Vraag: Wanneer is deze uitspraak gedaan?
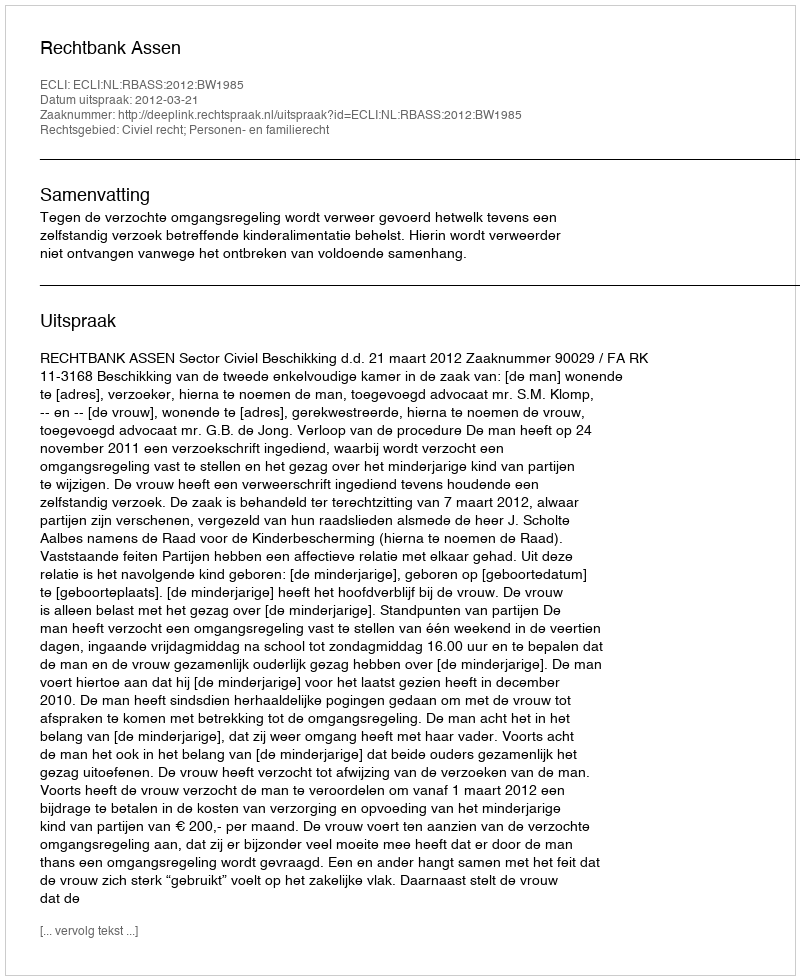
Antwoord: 2012-03-21